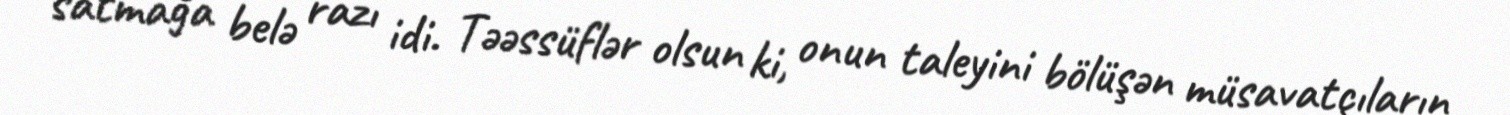
satmağa belə razı idi. Təəssüflər olsun ki, onun taleyini bölüşən müsavatçıların